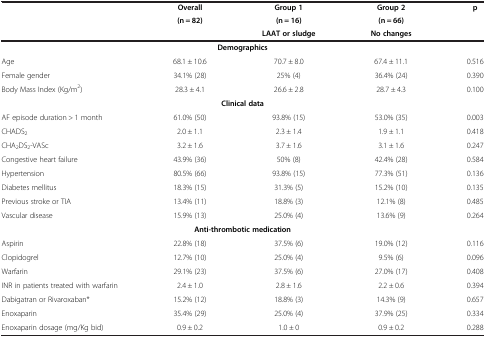
<table><thead><tr><td>[EMPTY_CELL]</td><td><b>Overall</b></td><td><b>Group 1</b></td><td><b>Group 2</b></td><td rowspan="3"><b>p</b></td></tr><tr><td>[EMPTY_CELL]</td><td><b>(n = 82)</b></td><td><b>(n = 16)</b></td><td><b>(n = 66)</b></td></tr><tr><td>[EMPTY_CELL]</td><td>[EMPTY_CELL]</td><td><b>LAAT or sludge</b></td><td><b>No changes</b></td></tr></thead><tbody><tr><td colspan="5"><b>Demographics</b></td></tr><tr><td>Age</td><td>68.1 ± 10.6</td><td>70.7 ± 8.0</td><td>67.4 ± 11.1</td><td>0.516</td></tr><tr><td>Female gender</td><td>34.1% (28)</td><td>25% (4)</td><td>36.4% (24)</td><td>0.390</td></tr><tr><td>Body Mass Index (Kg/m<sup>2</sup>)</td><td>28.3 ± 4.1</td><td>26.6 ± 2.8</td><td>28.7 ± 4.3</td><td>0.100</td></tr><tr><td colspan="5"><b>Clinical data</b></td></tr><tr><td>AF episode duration &gt; 1 month</td><td>61.0% (50)</td><td>93.8% (15)</td><td>53.0% (35)</td><td>0.003</td></tr><tr><td>CHADS<sub>2</sub></td><td>2.0 ± 1.1</td><td>2.3 ± 1.4</td><td>1.9 ± 1.1</td><td>0.418</td></tr><tr><td>CHA<sub>2</sub>DS<sub>2</sub>-VASc</td><td>3.2 ± 1.6</td><td>3.7 ± 1.6</td><td>3.1 ± 1.6</td><td>0.247</td></tr><tr><td>Congestive heart failure</td><td>43.9% (36)</td><td>50% (8)</td><td>42.4% (28)</td><td>0.584</td></tr><tr><td>Hypertension</td><td>80.5% (66)</td><td>93.8% (15)</td><td>77.3% (51)</td><td>0.136</td></tr><tr><td>Diabetes mellitus</td><td>18.3% (15)</td><td>31.3% (5)</td><td>15.2% (10)</td><td>0.135</td></tr><tr><td>Previous stroke or TIA</td><td>13.4% (11)</td><td>18.8% (3)</td><td>12.1% (8)</td><td>0.485</td></tr><tr><td>Vascular disease</td><td>15.9% (13)</td><td>25.0% (4)</td><td>13.6% (9)</td><td>0.264</td></tr><tr><td colspan="5"><b>Anti-thrombotic medication</b></td></tr><tr><td>Aspirin</td><td>22.8% (18)</td><td>37.5% (6)</td><td>19.0% (12)</td><td>0.116</td></tr><tr><td>Clopidogrel</td><td>12.7% (10)</td><td>25.0% (4)</td><td>9.5% (6)</td><td>0.096</td></tr><tr><td>Warfarin</td><td>29.1% (23)</td><td>37.5% (6)</td><td>27.0% (17)</td><td>0.408</td></tr><tr><td>INR in patients treated with warfarin</td><td>2.4 ± 1.0</td><td>2.8 ± 1.6</td><td>2.2 ± 0.6</td><td>0.394</td></tr><tr><td>Dabigatran or Rivaroxaban*</td><td>15.2% (12)</td><td>18.8% (3)</td><td>14.3% (9)</td><td>0.657</td></tr><tr><td>Enoxaparin</td><td>35.4% (29)</td><td>25.0% (4)</td><td>37.9% (25)</td><td>0.334</td></tr><tr><td>Enoxaparin dosage (mg/Kg bid)</td><td>0.9 ± 0.2</td><td>1.0 ± 0</td><td>0.9 ± 0.2</td><td>0.288</td></tr></tbody></table>